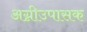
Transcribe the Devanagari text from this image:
अग्नीउपासक